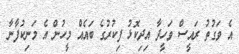
އެ ވަގުތު ރައީސް ވަހީދާ އިދިކޮޅު ފިކުރުގެ ބައެއް މީހުން އެ މަނިކުފާނާ